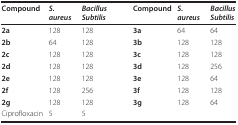
| Compound | S. aureus | Bacillus Subtilis | Compound | S. aureus | BacillusSubtilis |
 | --- | --- | --- | --- | --- | --- |
 | 2a | 128 | 128 | 3a | 64 | 64 |
 | 2b | 64 | 128 | 3b | 128 | 128 |
 | 2c | 128 | 128 | 3c | 128 | 128 |
 | 2d | 128 | 128 | 3d | 128 | 256 |
 | 2e | 128 | 128 | 3e | 128 | 64 |
 | 2f | 128 | 256 | 3f | 128 | 128 |
 | 2g | 128 | 128 | 3g | 128 | 64 |
 | Ciprofloxacin | 5 | 5 |  |  |  |